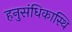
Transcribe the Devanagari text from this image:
हनुसंधिकास्थि